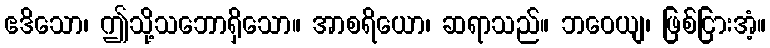
ဧဒိသော၊ ဤသို့သဘောရှိသော။ အာစရိယော၊ ဆရာသည်။ ဘဝေယျ၊ ဖြစ်ငြားအံ့။